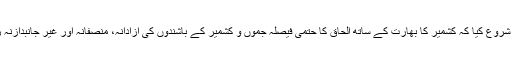
بھارت نے دنیا کے سامنے یہ اعلان کرنا شروع کیا کہ کشمیر کا بھارت کے ساتھ الحاق کا حتمی فیصلہ جموں و کشمیر کے باشندوں کی آزادانہ، منصفانہ اور غیر جانبدازنہ رائے شماری کے ذریعے کرا یا جائے گا۔